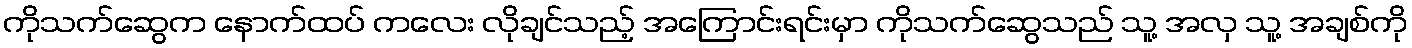
ကိုသက်ဆွေက နောက်ထပ် ကလေး လိုချင်သည့် အကြောင်းရင်းမှာ ကိုသက်ဆွေသည် သူ့ အလှ သူ့ အချစ်ကို